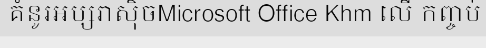
គំនូរអប្សរាស៊ិចMicrosoft Office Khm លើ កញ្ចប់